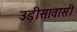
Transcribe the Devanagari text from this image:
उड़ीसावासी